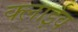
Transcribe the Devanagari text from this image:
क्लाईव